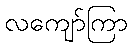
လကျော်ကြာ